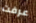
عرفت